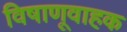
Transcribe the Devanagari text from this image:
विषाणूवाहक